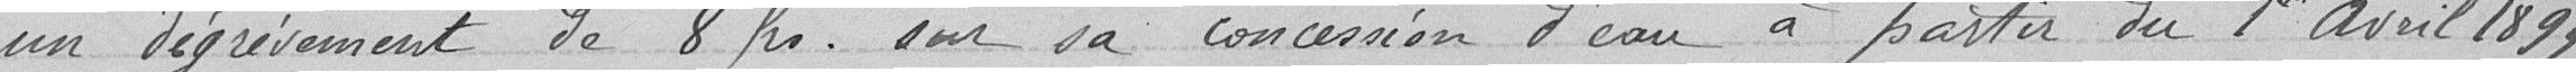
un dégrèvement de 8 francs sur sa concession d'eau à partir du 1er Avril 1899.